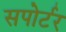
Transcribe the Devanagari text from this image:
सपोर्टर